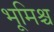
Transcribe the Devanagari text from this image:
भूमिश्च